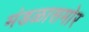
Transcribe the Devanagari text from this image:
मंडळासमोर